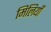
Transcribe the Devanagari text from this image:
मिलियाँ